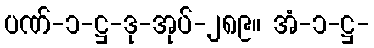
ပဏ်-၁-ဋ္ဌ-ဒု-အုပ်-၂၈၉။ အံ-၁-ဋ္ဌ-